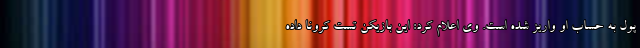
پول به حساب او واریز شده است. وی اعلام کرد: این بازیکن تست کرونا داده